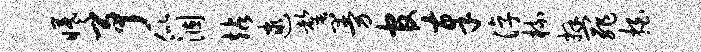
曦予似涸站逮罄曼官奉淳梳拜罪拍